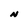
Character: N